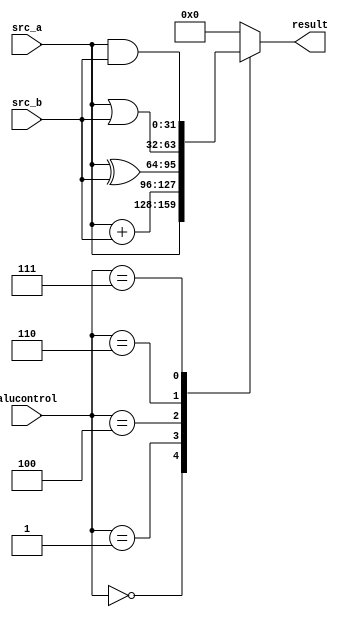
module alu(
    input wire[31:0]src_a, src_b,
    input wire[2:0]alucontrol,

    output reg[31:0]result
);


always @(*) begin
    case (alucontrol)
        3'b000: result = src_a;
        3'b001: result = src_a + src_b;
        3'b100: result = src_a ^ src_b;
        3'b110: result = src_a | src_b;
        3'b111: result = src_a & src_b;
        default: result = 0;
    endcase
end



endmodule